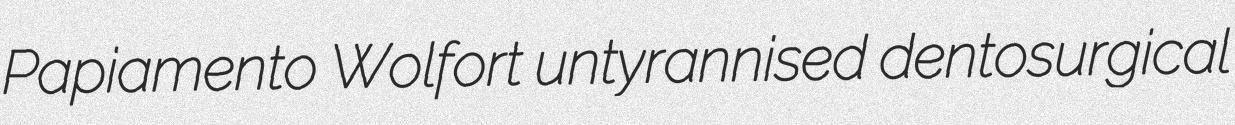
Papiamento Wolfort untyrannised dentosurgical